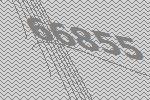
66855